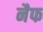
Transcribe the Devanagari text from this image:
नैफ